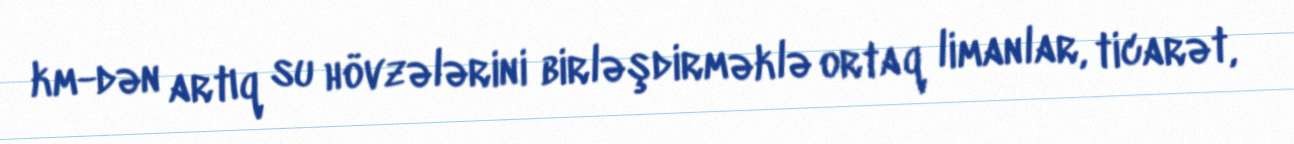
km-dən artıq su hövzələrini birləşdirməklə ortaq limanlar, ticarət,